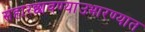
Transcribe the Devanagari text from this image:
संहारछावण्याउभारण्यात